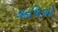
ઋષિએ